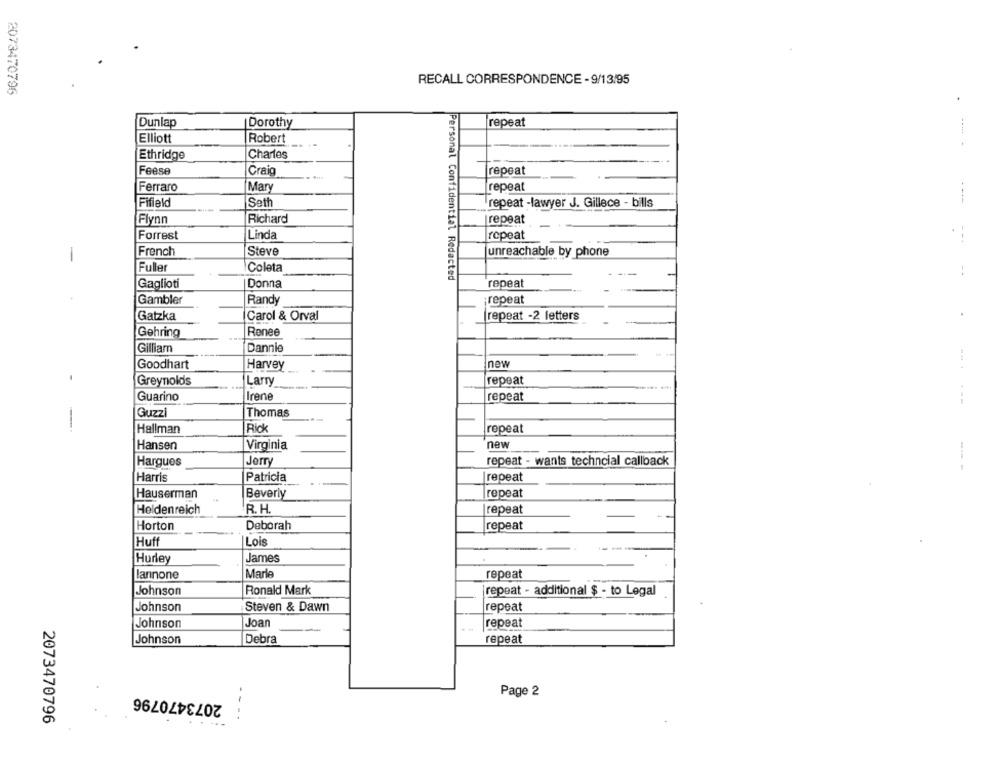
RECALL CORRESPONDENCE - 9/13/95
2073470796
Dunlap
repeat
Dorothy
Robert
Elliott
Charles
Ethridge
Feese
Craig
repeat
Ferraro
Mary
repeat
Fifield
Seth
repeat -lawyer J. Gillece - bills
Flynn
Richard
repeat
Forrest
Linda
repeat
French
Steve
1
unreachable by phone
Fuller
Coleta
Personal Confidential Redacted
--
repeat
Gaglioti
Donna
repeat
Gambler
Randy
Gatzka
Carol & Orval
repeat -2 letters
Gehring
Renee
Gilliam
Dannie
Goodhart
Harvey
now
Greynolds
Larry
repeat
Guarino
Irene
repeat
....--
Guzzi
Thomas
Hallman
Rick
repeat
new
Hansen
Virginia
Hargues
Jerry
repeat - wants techncial callback
Harris
Patricia
repeat
Hauserman
Beverly
repeat
Heidenreich
R. H.
repeat
Horton
Deborah
repeat
Huff
Lois
Hurley
James
Marle
repeat
lannone
Johnson
Ronald Mark
repeat - additional $ - to Legal
Johnson
Steven & Dawn
repeat
Johnson
Joan
repeat
Johnson
Debra
repeat
2073470796
Page 2
2073470796
-..
. . .